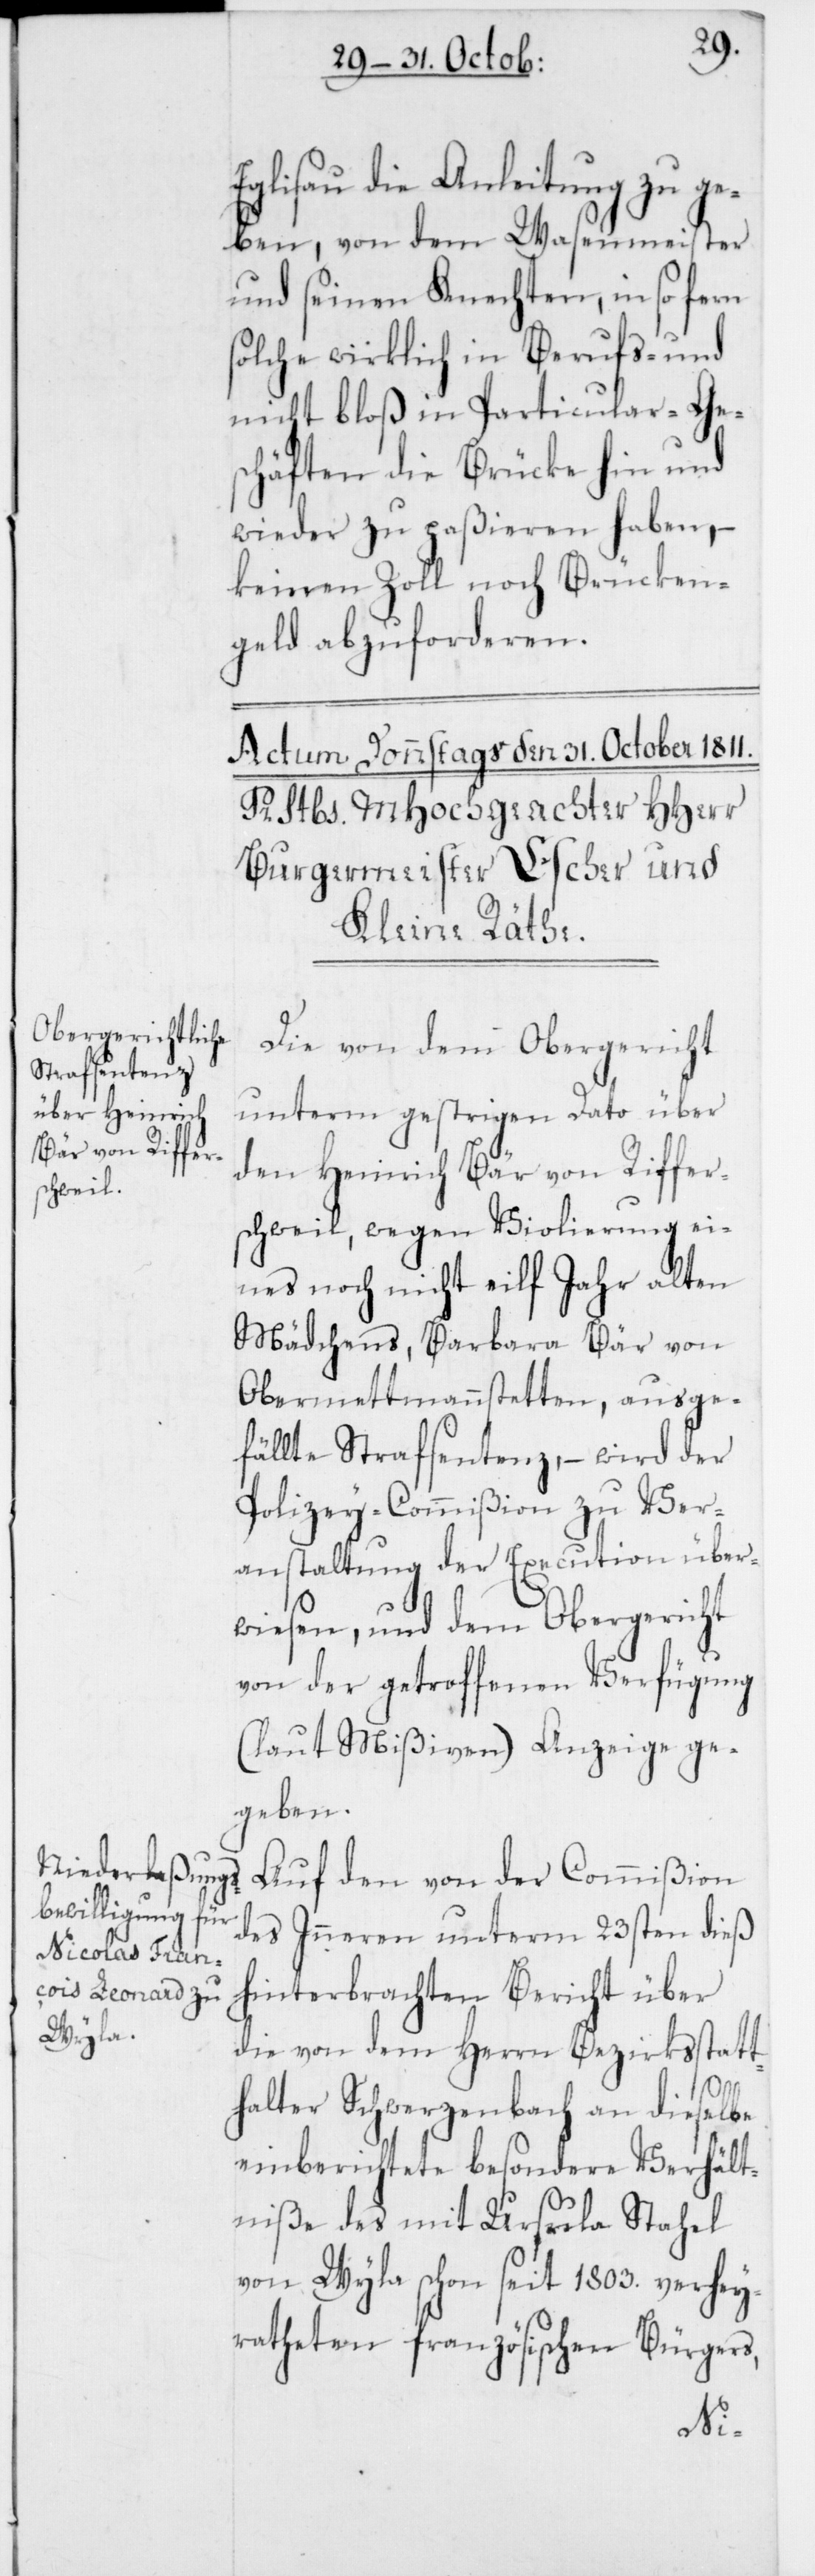
Eglisau die Anleitung zu ge¬
ben, von dem Wasenmeister
und seinen Knechten, in so fern
solche wirklich in Berufs- und
nicht bloß in Particular-Ge¬
schäften die Brücke hin und
wieder zu paßieren haben, –
keinen Zoll noch Brücken¬
geld abzuforderen.
Die von dem Obergericht
unterm gestrigen Dato über
den Heinrich Bär von Riffer¬
schweil, wegen Violierung ei¬
nes noch nicht eilf Jahr alten
Mädchens, Barbara Bär von
Obermettmannstetten, ausge¬
fällte Strafsentenz, – wird der
Polizey-Commißion zu Ver¬
anstaltung der Execution über¬
wiesen, und dem Obergericht
von der getroffenen Verfügung
(laut Mißiven) Anzeige ge¬
geben.
Auf den von der Commißion
des Inneren unterm 23sten dieß
hinterbrachten Bericht über
die von dem Herrn Bezirksstatt¬
halter Schwerzenbach an dieselbe
einberichtete besondere Verhält¬
niße des mit Ursula Stahel
von Wyla schon seit 1803. verheu¬
ratheten französischen Bürgers,